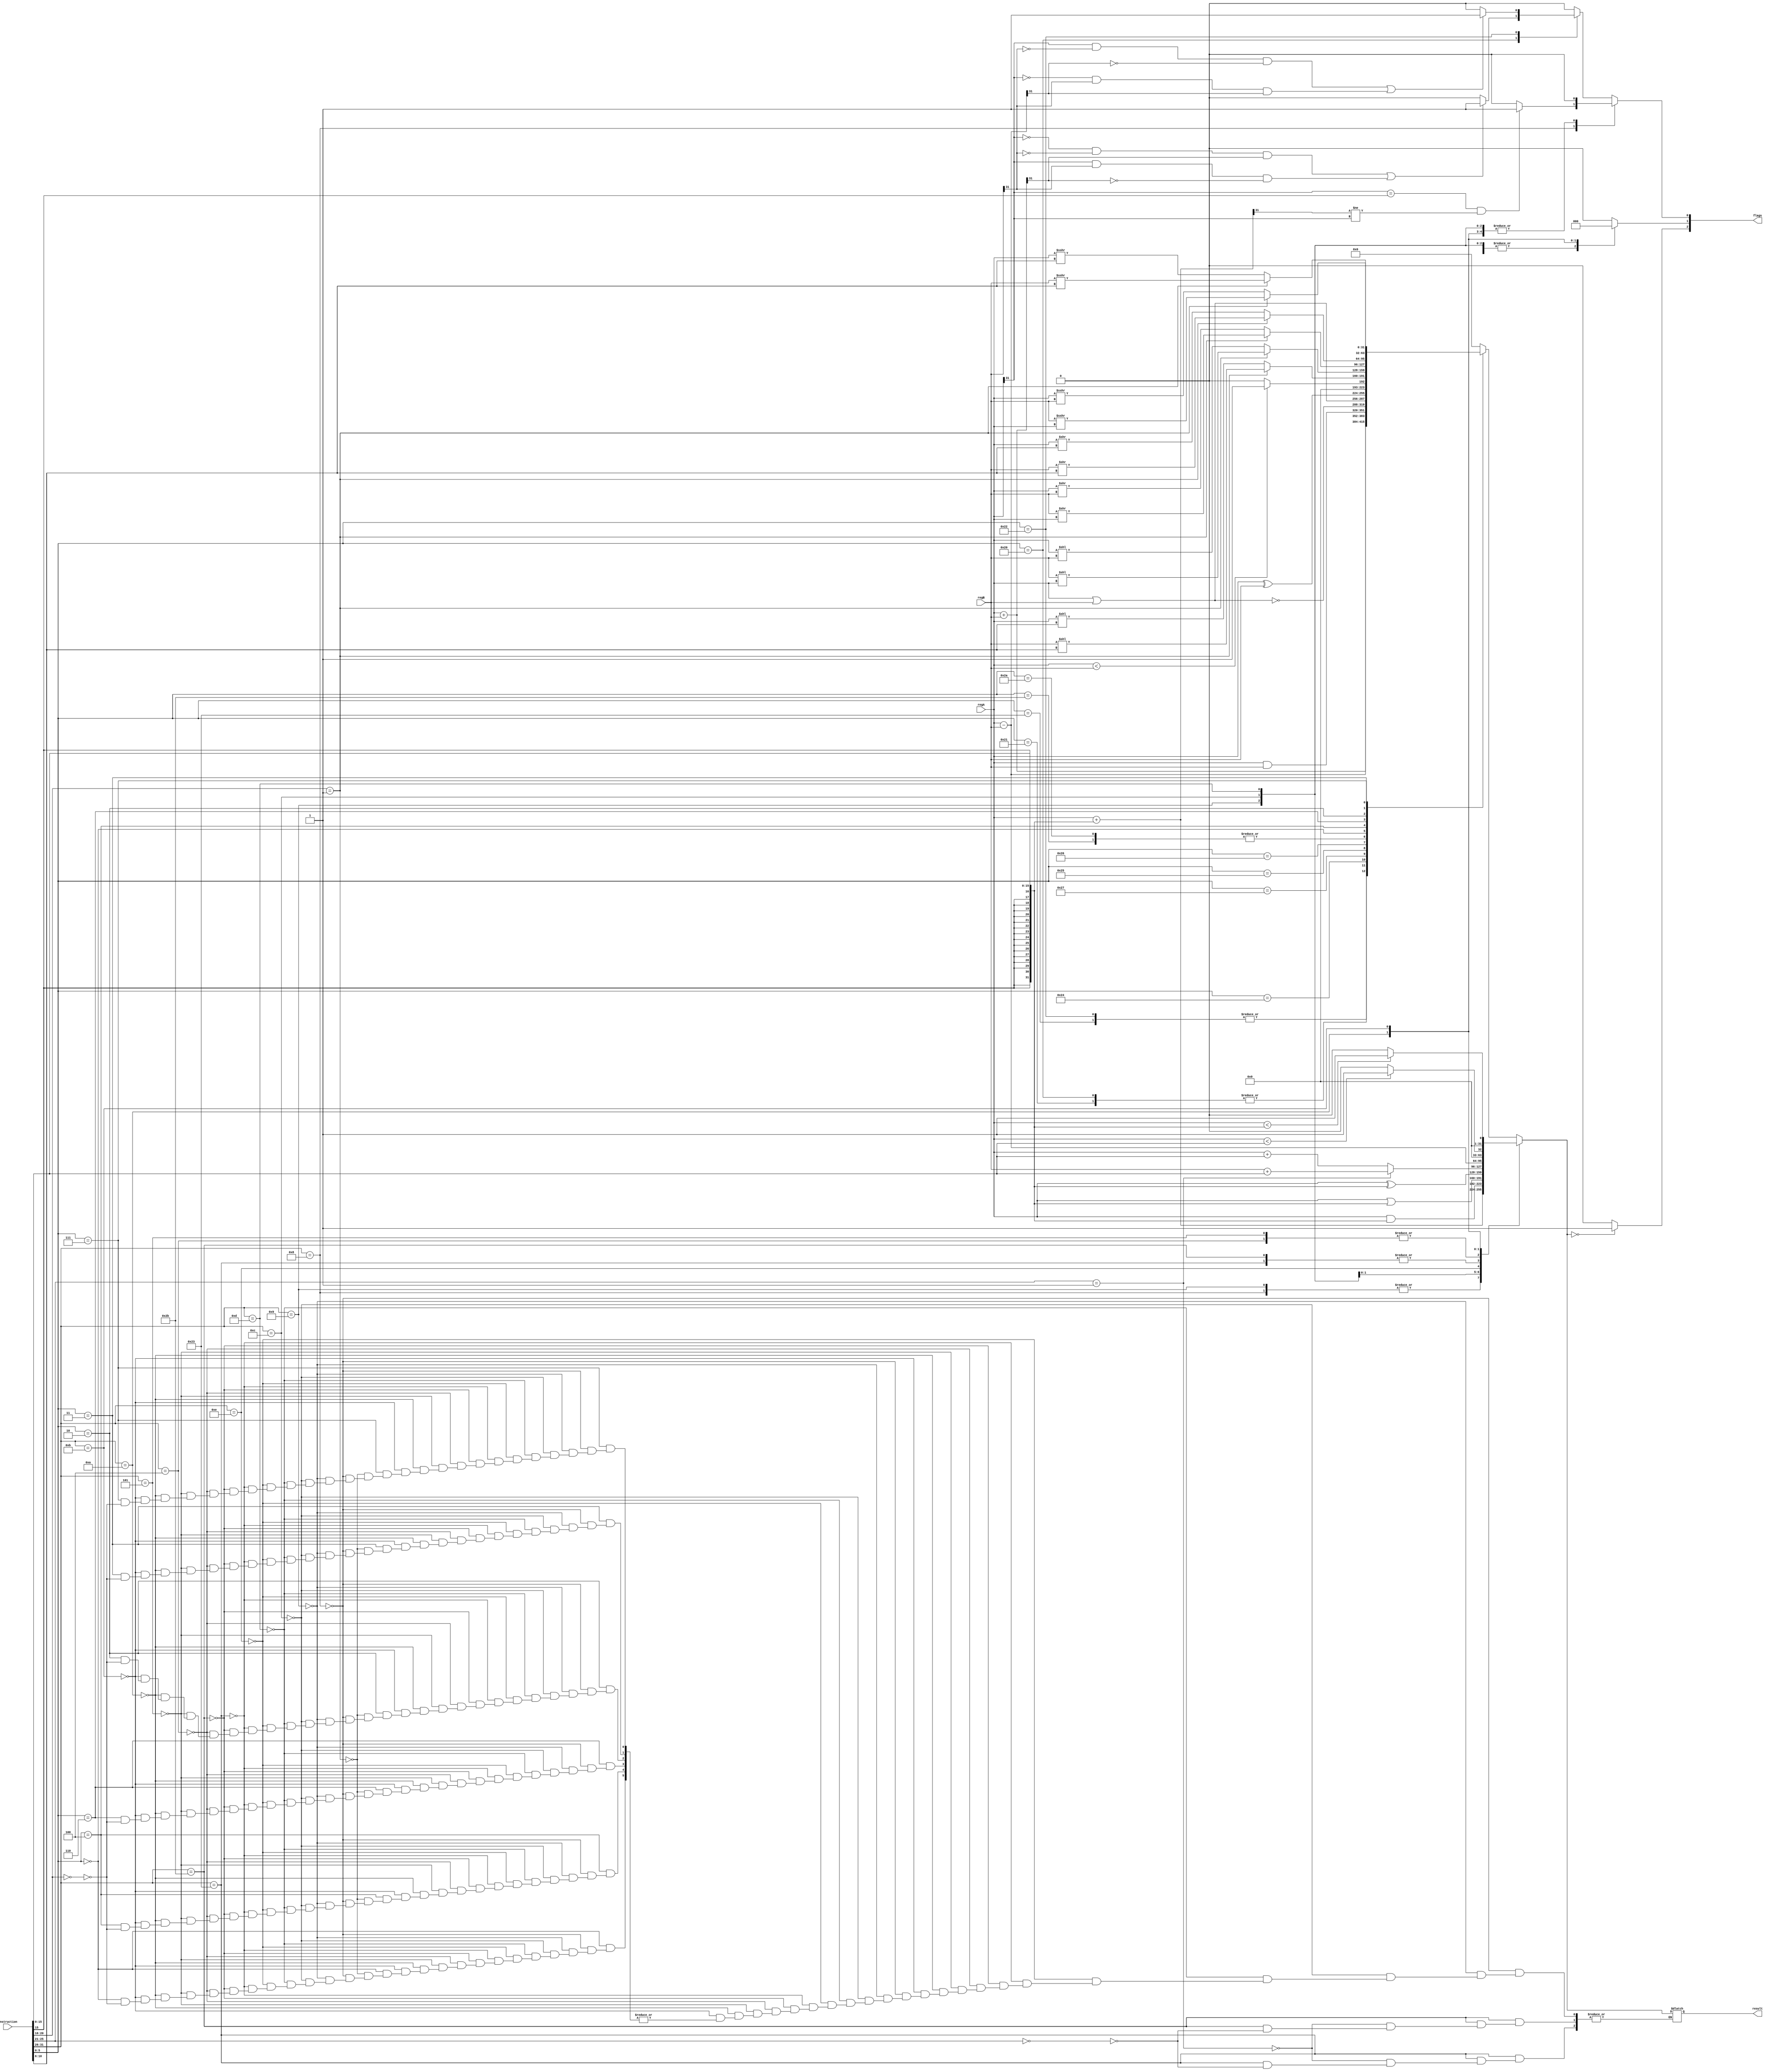
// For the overflow flag, you should only consider add, addi, and sub instruction. 
// For the zero flag, you should only consider beq and bne instruction. 
// For the negative flag, you only need to deal with slt, slti, sltiu, sltu instruction. 

// For example, at any time, when you execute addu instruction, the overflow flag will remain zero. 
// And for subu instruction, even the result is less than 0, the negative flag will remain zero.

// instruction: 32-bit instruction
// regA/B: 32-bit data in registerA(addr=00000), registerB(addr=00001)
// result: 32-bit result of Alu execution
// flags: 3-bit alu flag
    // flags[2] : zero flag
    // flags[1] : negative flag
    // flags[0] : overflow flag 

// - add, addi, addu, addiu
// - sub, subu
// - and, andi, nor, or, ori, xor, xori
// - beq, bne, slt, slti, sltiu, sltu
// - lw, sw
// - sll, sllv, srl, srlv, sra, srav

module alu(
    input[31:0] instruction, 
    input[31:0] regA, 
    input[31:0] regB, 
    output[31:0] result, 
    output[2:0] flags);
    
    reg[31:0] alu_result;
    reg[2:0] flags_reg;

    // Step 1: You should parsing the instruction;
    reg[5:0] opcode;
    reg[5:0] funct;
    reg[31:0] shamt;
    reg[15:0] imm;
    reg[31:0] imm_ext;
    reg[31:0] reg0;

    always @(opcode or funct or regA or regB or imm_ext or shamt) begin
        flags_reg = 3'b000;
        opcode = instruction[31:26];
        funct = instruction[5:0];
        imm = instruction[15:0];
        imm_ext = { {16{imm[15]}} , imm };
        shamt = instruction[10:6];
        
        case(opcode)
            6'b001000: begin // addi
                    alu_result = regA + imm_ext;
                    if ((regA[31] == imm_ext[31]) && (alu_result[31] != regA[31]))
                        flags_reg[0] = 1'b1;
                end
            6'b001001: alu_result = regA + imm_ext; // addiu
            6'b001100: alu_result = regA & imm_ext; // andi
            6'b001101: alu_result = regA | imm_ext; // ori
            6'b001110: alu_result = regA ^ imm_ext; // xori
            6'b100011: begin // alu_result = regA + imm_ext; // lw
                reg0 = $signed(instruction[15:0]);
                if(instruction[25:21] == 5'b00000)
                    alu_result = $signed(regA) + $signed(reg0);
                if(instruction[25:21] == 5'b00001)
                    alu_result = $signed(regB) + $signed(reg0);
            end
            6'b101011: begin // alu_result = regA + imm_ext; // sw
                reg0 = $signed(instruction[15:0]);
                if(instruction[25:21] == 5'b00000)
                    alu_result = $signed(regA) + $signed(reg0);
                if(instruction[25:21] == 5'b00001)
                    alu_result = $signed(regB) + $signed(reg0);
            end
            6'b000100: begin // beq
                    alu_result = regA - regB;
                    if (alu_result == 32'h00000000)
                        flags_reg[2] = 1'b1;
                end
            6'b000101: begin // bne
                    alu_result = regA - regB;
                    if (alu_result != 32'h00000000)
                        flags_reg[2] = 1'b1;
                end
            6'b001010: begin // slti
                alu_result = $signed(regA) < $signed(imm_ext) ? 32'h00000001 : 32'h00000000;
                // alu_result = regA;
                if (alu_result[31])
                    flags_reg[1] = 1'b1;
            end
            6'b001011: begin // sltiu
                alu_result = regA < imm_ext ? 32'h00000001 : 32'h00000000;
                if (alu_result[31])
                    flags_reg[1] = 1'b1;
            end
            default: begin
                case(funct)
                    6'b100000: begin // add
                            alu_result = regA + regB;
                            if (!regA[31] && !regB[31] && alu_result[31] || regA[31] && regB[31] && !alu_result[31])
                                flags_reg[0] = 1'b1;
                        end
                    6'b100001: alu_result = regA + regB; // addu
                    6'b100010: begin // sub
                            alu_result = regA - regB;
                            if (regA[31] & ~regB[31] & ~alu_result[31] | ~regA[31] & regB[31] & alu_result[31])
                                flags_reg[0] = 1'b1;
                        end
                    6'b100011: alu_result = regA - regB; // subu
                    6'b100100: alu_result = regA & regB; // and
                    6'b100111: alu_result = ~(regA | regB); // nor
                    6'b100101: alu_result = regA | regB; // or
                    6'b100110: alu_result = regA ^ regB; // xor
                    6'b101010: begin // slt
                            alu_result = regA < regB ? 32'h00000001 : 32'h00000000;
                            if (alu_result[31])
                                flags_reg[1] = 1'b1;
                        end
                    6'b101011: begin // sltu
                        alu_result = regA < regB ? 32'h00000001 : 32'h00000000;
                        if (alu_result[31])
                            flags_reg[1] = 1'b1;
                    end
                    6'b000000: begin // sll
                        reg0 = instruction[10:6];
                        if (instruction[20:16] == 5'b00000)
                            alu_result = regA << reg0;
                        if (instruction[20:16] == 5'b00001)
                            alu_result = regB << reg0;
                    end
                    6'b000100: begin // sllv
                        if (instruction[20:16] == 5'b00000)
                            alu_result = regA << regB;
                        if (instruction[20:16] == 5'b00001)
                            alu_result = regB << regA;
                    end
                    6'b000110: begin // srlv
                        if (instruction[20:16] == 5'b00000)
                            alu_result = regA >> regB;
                        if (instruction[20:16] == 5'b00001)
                            alu_result = regB >> regA;
                    end
                    6'b000010: begin // srl
                        reg0 = instruction[10:6];
                        if (instruction[20:16] == 5'b00000)
                            alu_result = regA >> reg0;
                        if (instruction[20:16] == 5'b00001)
                            alu_result = regB >> reg0;
                    end
                    6'b000011: begin // sra
                        reg0 = instruction[10:6];
                        if (instruction[20:16] == 5'b00000)
                            alu_result = $signed(regA) >>> reg0;
                        if (instruction[20:16] == 5'b00001)
                            alu_result = $signed(regB) >>> reg0;
                    end
                    6'b000111: begin // srav
                        if (instruction[20:16] == 5'b00000)
                            alu_result = $signed(regA) >>> regB;
                        if (instruction[20:16] == 5'b00001)
                            alu_result = $signed(regB) >>> regA;
                    end
                    default: alu_result = 32'h00000000;
                endcase
                end
            endcase
        flags_reg[2] = (alu_result == 0) ? 1'b1 : 1'b0;
    end

    assign result = alu_result;
    assign flags = flags_reg;
    
// Step 2: You may fetch values in mem;
// Step 3: You should output the correct value of result 
//         and correct status offlags


endmodule